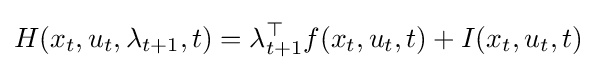
H(x_{t},u_{t},\lambda _{t+1},t)=\lambda _{t+1}^{\top }f(x_{t},u_{t},t)+I(x_{t},u_{t},t)